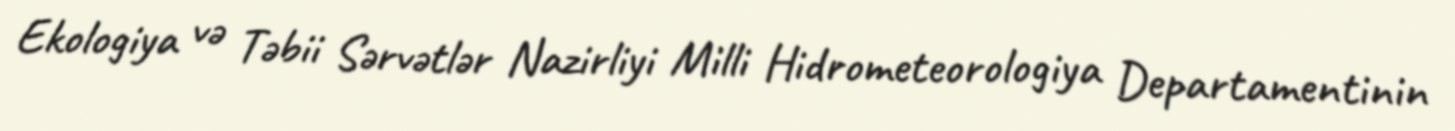
Ekologiya və Təbii Sərvətlər Nazirliyi Milli Hidrometeorologiya Departamentinin